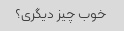
خوب چیز دیگری؟